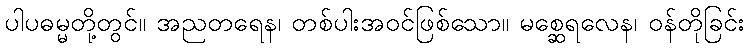
ပါပဓမ္မတို့တွင်။ အညတရေန၊ တစ်ပါးအဝင်ဖြစ်သော။ မစ္ဆေရလေန၊ ဝန်တိုခြင်း